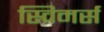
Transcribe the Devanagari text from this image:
स्विमर्स